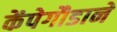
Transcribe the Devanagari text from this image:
केंपेगौडाने